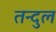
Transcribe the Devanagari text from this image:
तन्दुल